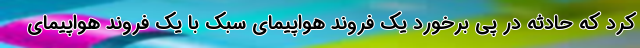
کرد که حادثه در پی برخورد یک فروند هواپیمای سبک با یک فروند هواپیمای